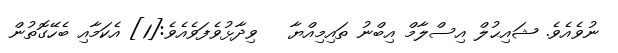
ނުވެއެވެ. ޝައިޙުލް އިސްލާމް އިބްނު ތައިމިއްޔާ   ވިދާޅުވެފަވެއެވެ:[1] އެކަމާއި ބެހޭގޮތުން